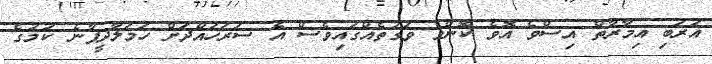
އަރަބި އިމާރާތް އިސްވެ އޮވެ ކޮންމެ ވަގުތެއްގައިވެސް އެ ސަރަހައްދަށް ހަމަލާދީފާނެ ކަމުގެ